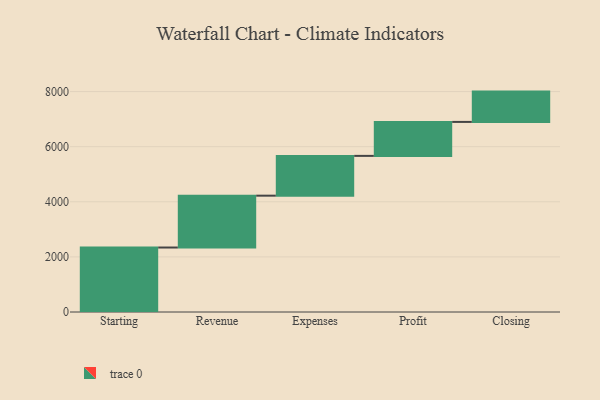
{"axis": {"x": "Step", "y": "Value"}, "legend": [""], "data": [{"x": "Starting", "y": 2340.0, "type": ""}, {"x": "Revenue", "y": 1882.0, "type": ""}, {"x": "Expenses", "y": 1444.0, "type": ""}, {"x": "Profit", "y": 1233.0, "type": ""}, {"x": "Closing", "y": 1100.0, "type": ""}]}